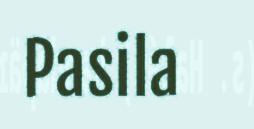
Pasila